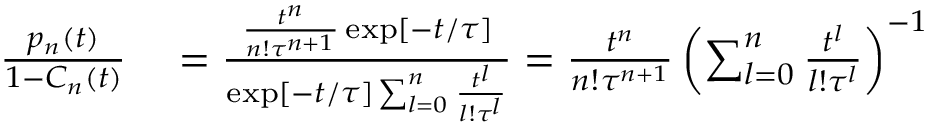
\begin{array} { r l } { \frac { p _ { n } ( t ) } { 1 - C _ { n } ( t ) } } & { { } = \frac { \frac { t ^ { n } } { n ! \tau ^ { n + 1 } } \exp [ - t / \tau ] } { \exp [ - t / \tau ] \sum _ { l = 0 } ^ { n } \frac { t ^ { l } } { l ! \tau ^ { l } } } = \frac { t ^ { n } } { n ! \tau ^ { n + 1 } } \left( \sum _ { l = 0 } ^ { n } \frac { t ^ { l } } { l ! \tau ^ { l } } \right) ^ { - 1 } } \end{array}